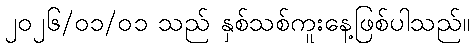
၂၀၂၆/၀၁/၀၁ သည် နှစ်သစ်ကူးနေ့ဖြစ်ပါသည်။